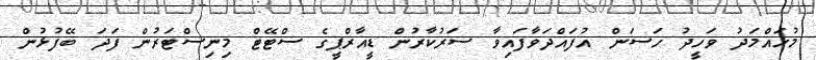
މުހައްމަދު ވަހީދު ހަސަން އުފައްދަވާފައިވާ ސަރުކާރުން ޑީއާރްޕީގެ ސްޓޭޓް މިނިސްޓަރުން ފަދަ ބޭފުޅުން